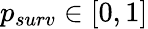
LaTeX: p_{surv}\in[0,1]